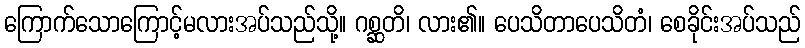
ကြောက်သောကြောင့်မလားအပ်သည်သို့။ ဂစ္ဆတိ၊ လား၏။ ပေသိတာပေသိတံ၊ စေခိုင်းအပ်သည်